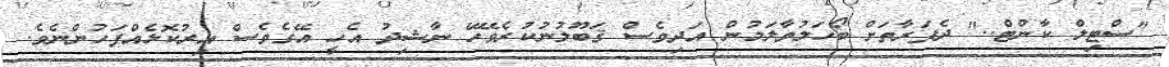
"ސްޓިލް ކާންޓް.." ދެފަރާތަށް ބޯހަލުވާލަމުން އަދިވެސް ޤަބޫލުނުކުރެވޭހޭ ނާޝިދު އެހީ އޭގެވެސް އިރުކޮޅެއްފަހުންނެވެ.